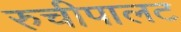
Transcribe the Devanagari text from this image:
रुचीपालट